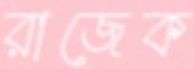
রাজেক